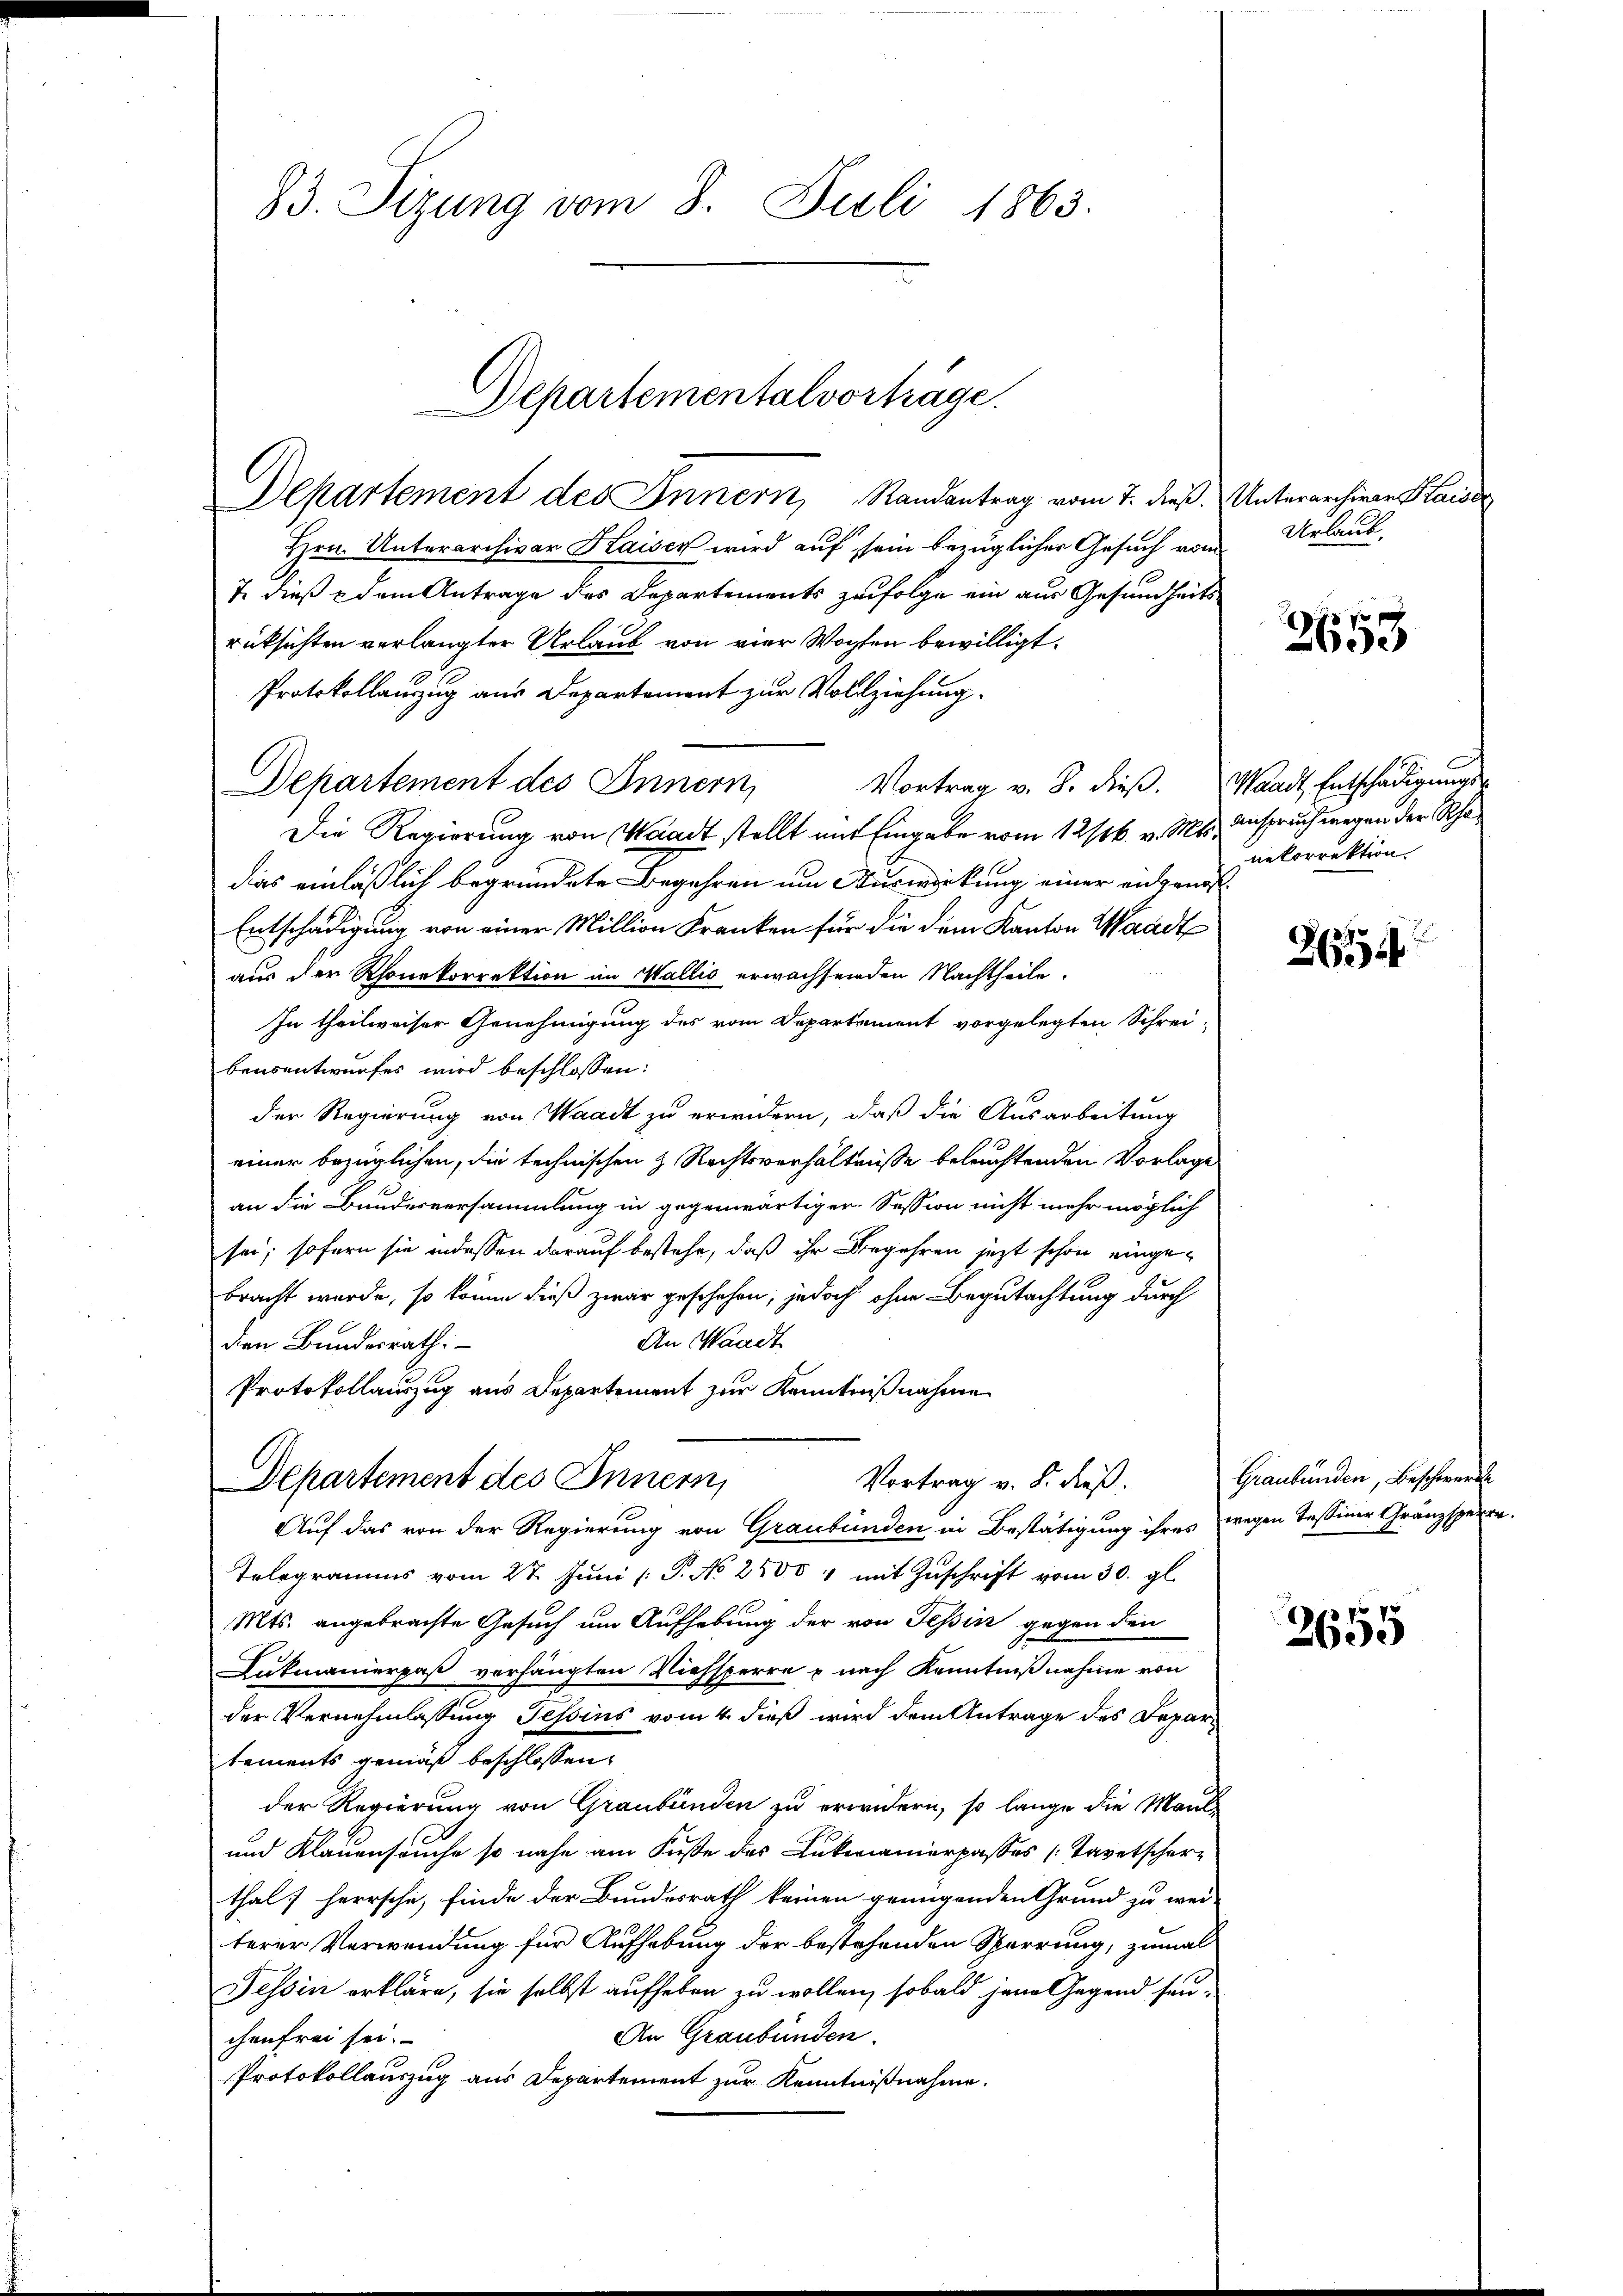
83. Sizung vom 8. Juli 1863.

Departementalvorträge.
Departement des Innern, Randantrag vom 7. dieß.

Hrn. Unterarchivar Kaisen wird auf sein bezüglicher Gesuch vom
7 dieß dem Antrage des Departements zufolge ein aus Gesundheitsrücksichten verlangter Urlaub von vier Wochen bewilligt.
Protokollauszug aus Departement zur Vollziehung.
Departement des Innern
Vortrag v. 8. dieß.
Die Regierung von Waadt stellt mit Eingabe vom 12/26. v. Mts. Anspruch wegen der Schadies einläßlich begründete Begehren um Auswirkung einer eidgenos
Entschädigung von einer Million Franken für die dem Kanton Waadt
aus der Rhonekorrektion im Wallis erwachsenden Nachtheile.
In theilweiser Genehmigung des vom Departement vorgelegten Schrei-
bensentwurfes wird beschlossen:
der Regierung von Waadt zu erwidern, daß die Ausarbeitung
einer bezüglichen, die technischen z. Rechtsverhältnisse beleuchtenden Vorlage
an die Bundesversammlung in gegenwärtiger Session nicht mehr möglich
sei; sofern sie indessen darauf bestehe, daß ihr Begehren jetzt schon eingebracht wurde, so könne dieß zwar geschehen, jedoch ohne Begutachtung durch
An Waadt
den Bundesrath.
Protokollauszug aus Departement zur Kenntnißnahme
Vortrag v. 8. dieß.
Departement des Innern,
Auf das von der Regierung von Graubünden in Bestätigung ihres wegen Tessiner Gränzsperre.
Telegramms vom 27. Jŭni /: P. No 2800 " mit Zŭschrift vom 30. gl.
Mts. angebrachte Gesuch um Aufhebung der von Tessin gegen den
Lukmanierpaß verhängten Viehsperre u nach Kenntnißnahme von
der Vernehmlassung Tessins vom 4. dieß wird dem Antrage des Departements gemäß beschlossen:
der Regierung von Graubünden zu erwidern, so lange die Maul-
und Klauenseuche so nahe am Fuße des Lukmanierpasses Tavetscherz
thalt herrsche, finde der Bundesrath keinen genügenden Grund zu wei-
terer Verwendung für Aufhebung der bestehenden Sperrung, zumal
Tessin erkläre, sie selbst aufheben zu wollen, sobald jene Gegend seu-
An Graubünden.
chenfrei sei.
Protokollauszug aus Departement zur Kenntnißnahme.

Unterarchivar Kaise
Urlaub.

200

Waadt, Entschädigungs-
nekorrektion

264

Graubünden, Beschwerde

2655